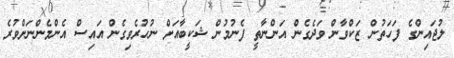
ލުޖައިންގެ ފަހަތުން ޒަކްވާން ވަދެގެން އަންނާތީ ފެނުމުން ޝަކީބާއަށް ނުހުރެވިގެން އައިސް އެންމެންނަށްވުރެ